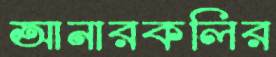
আনারকলির